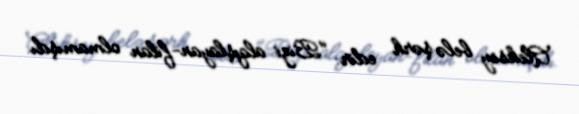
Aleksey belə şərh edir: "Bizi alqışlayan-filan olmamışdı.